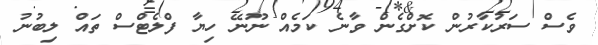
ވެސް ސަރުކާރުން ކޮށްގެން ވާނެ ކަމެއް ނޫނޭ ހިޔާ ފްލެޓްްސް ތައް ލިބުނު